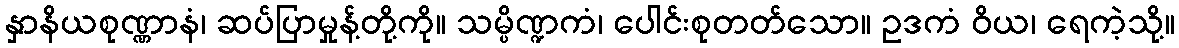
နှာနိယစုဏ္ဏာနံ၊ ဆပ်ပြာမှုန့်တို့ကို။ သမ္ပိဏ္ဍကံ၊ ပေါင်းစုတတ်သော။ ဥဒကံ ဝိယ၊ ရေကဲ့သို့။